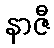
နာဇီ